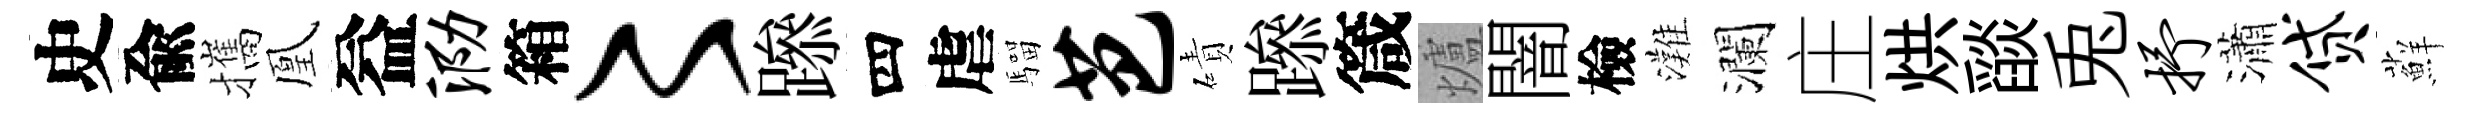
史兪攜凰益泐箱〻𨅶四虐騮芭磧𨅶箴爐闇檢灘瀾庄烘𦦨兎抒瀟贷蘚